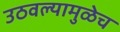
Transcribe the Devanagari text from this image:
उठवल्यामुळेच